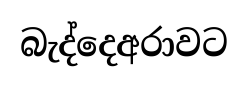
බැද්දෙඅරාවට